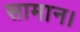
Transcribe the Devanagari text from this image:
सामान।